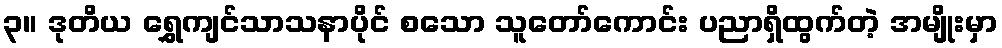
၃။ ဒုတိယ ရွှေကျင်သာသနာပိုင် စသော သူတော်ကောင်း ပညာရှိထွက်တဲ့ အမျိုးမှာ